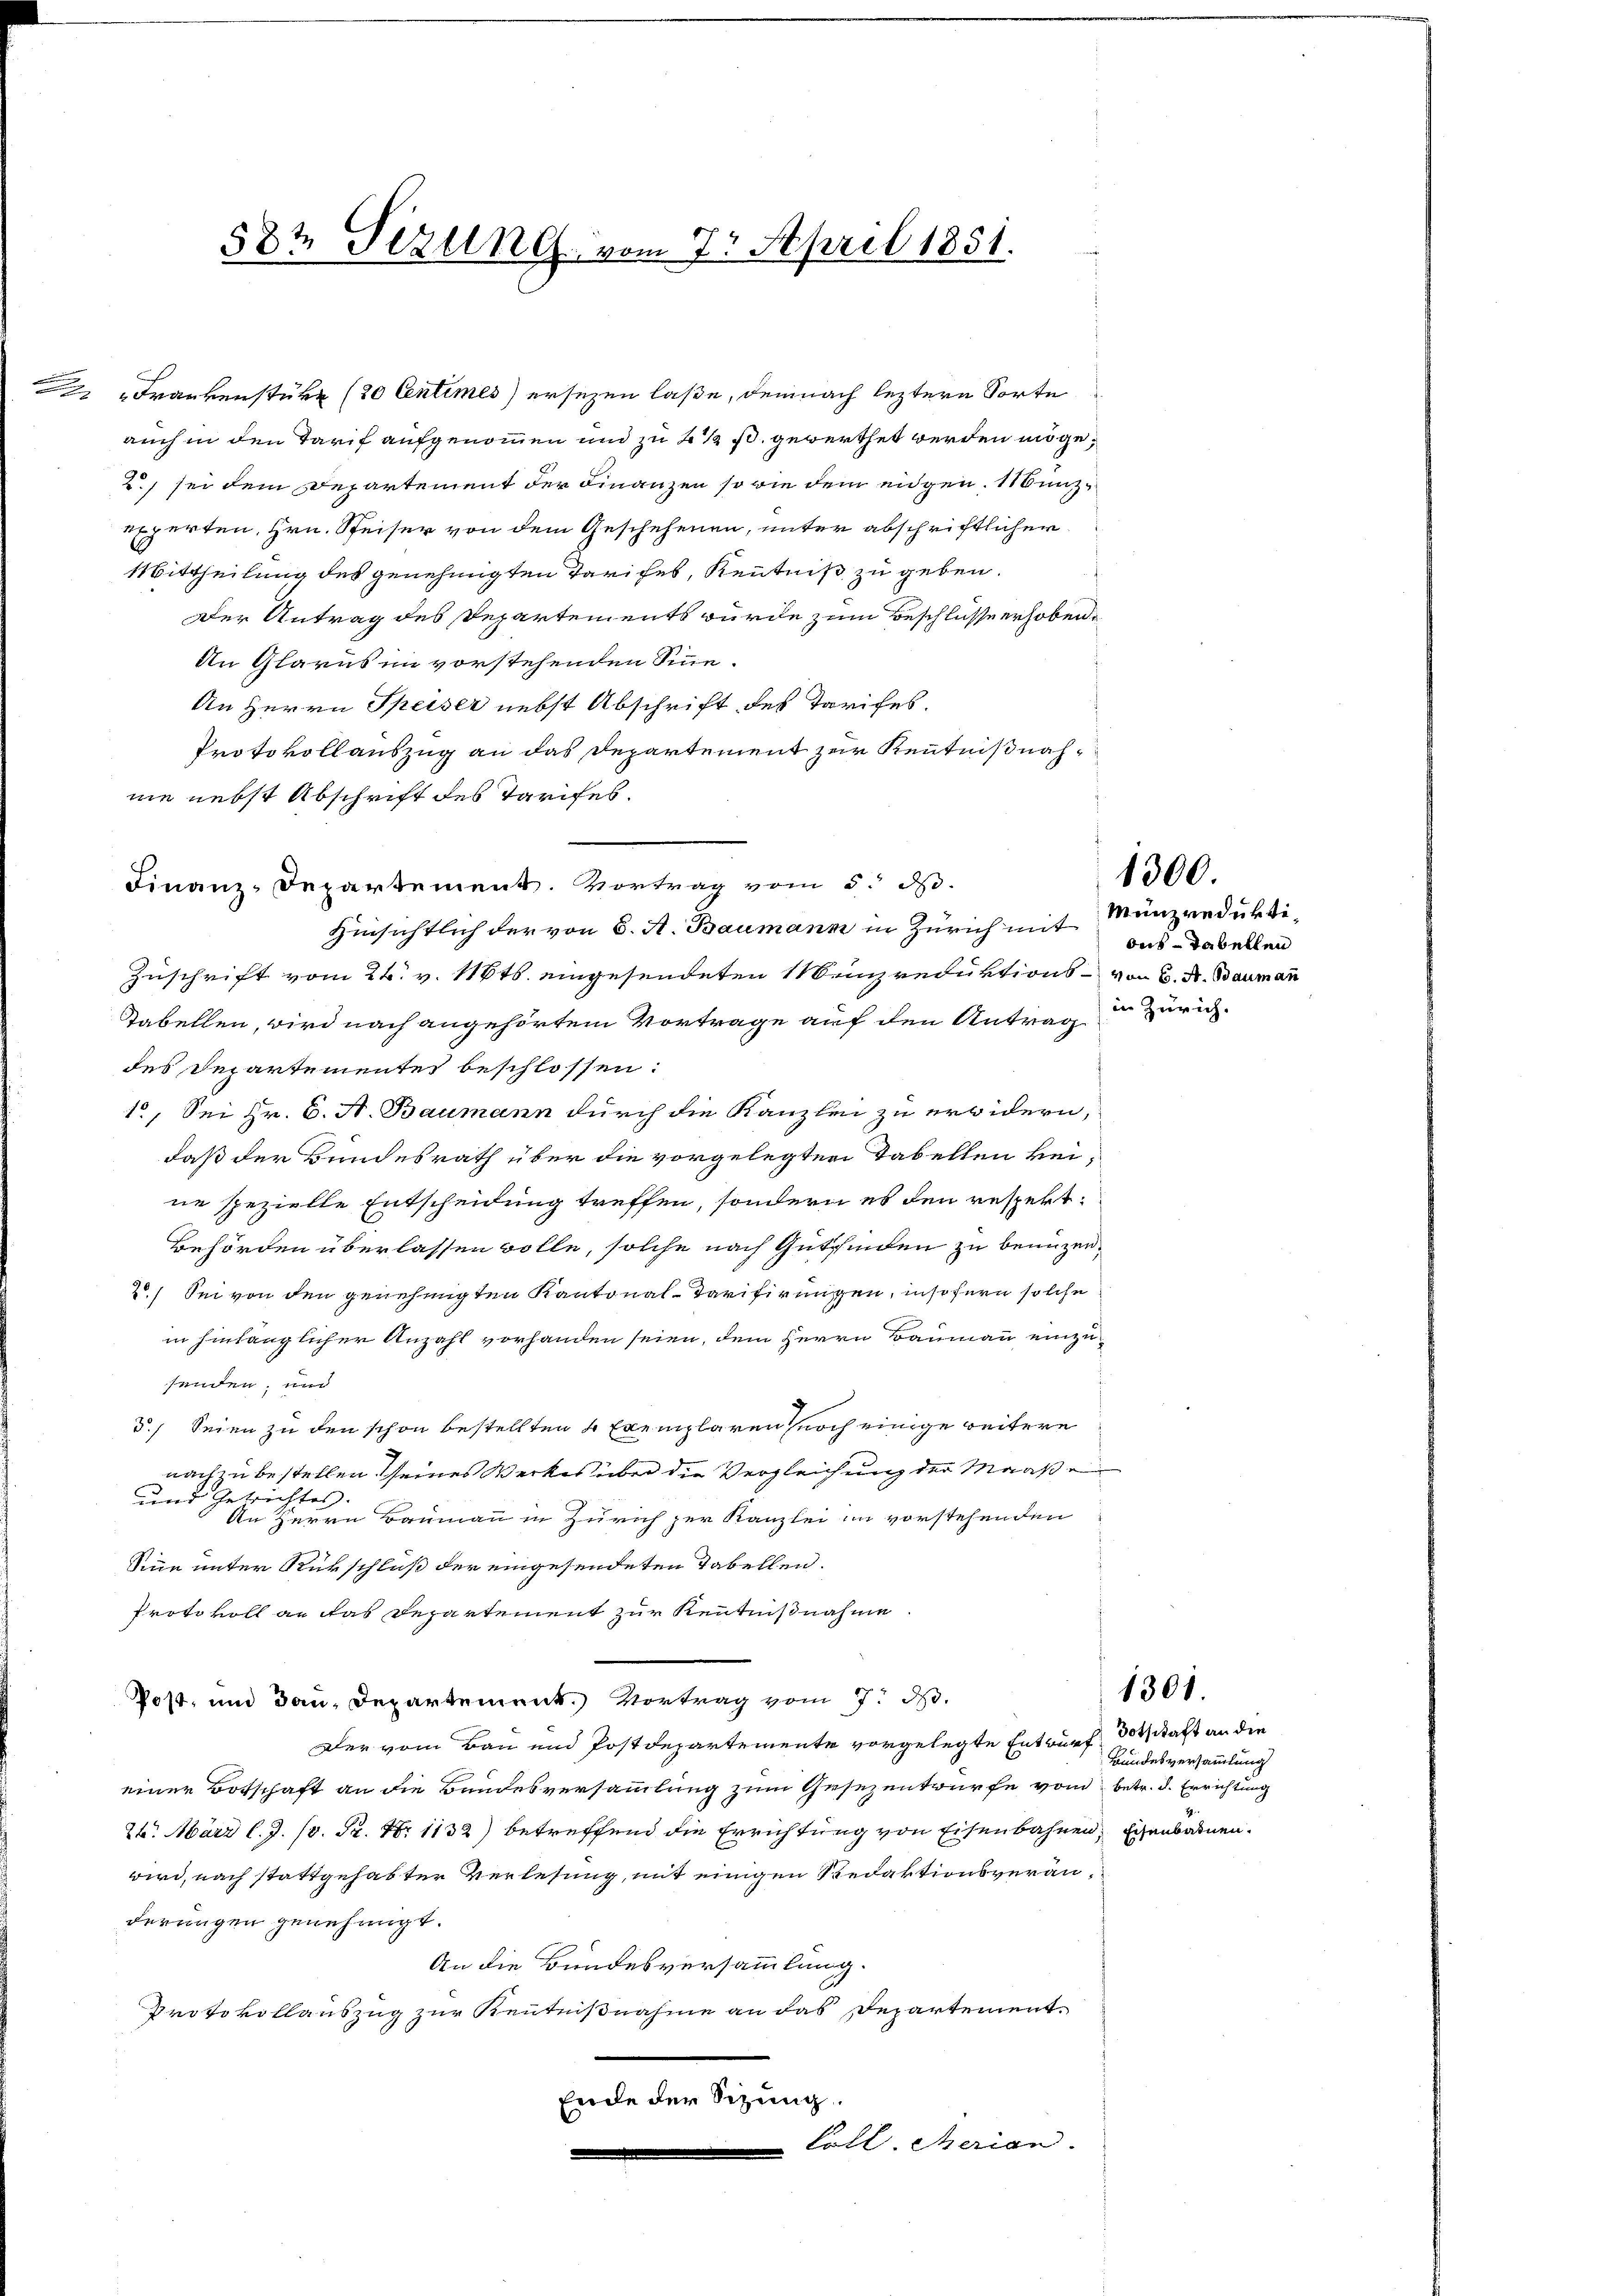
.

88t Pizelne vom 7. April 1851.

Frankenstüke (20 Centimes) ersezen laße, demnach leztere Sorte
auch in den Tarif aufgenommen und zu 2 ½ s. gewerthet werden möge,
2) sei dem Departement der Finanzen so wie dem eidgen. Münzexperten, Hrn. Speiser von dem Geschehenen, unter abschriftlicher
Mittheilung des genehmigten Tarifes, Kenntniß zu geben.
Der Antrag des Departements wurde zum Beschlüsse erhoben.
An Glarus im vorstehenden Sinne.
An Herrn Speiser nebst Abschrift des Tarifes.
Protokollauszug an das Departement zur Kenntnißnahnie nebst Abschrift des Tarifes.
Finanz-Departement. Vortrag vom 5. d.
Hinsichtlich der von 6. A. Baumann in Zürich mit
Zuschrift vom 26. v. 116ts. eingesendeten Menzreduktions - von 6. A. Bauman
Tabellen, wird nach angehörtem Vortrage auf den Antrag
des Departementes beschlossen:
10, Sei Hr. C. A. Baumann durch die Kanzlei zu erwidern,
daß der Bundesrath über die vorgelegten Tabellen keine spezielle Entscheidung treffen, sondern es den respekt¬
Behörden überlassen wolle, solche nach Gutfinden zu benuzen.
20) Sei von den genehmigten Kantonal-Tarifirungen, insofern solche
in hinlänglicher Anzahl vorhanden seien, dem Herrn Baumann einzusenden, und
d. Seien zu den schon bestellten 4 Exemplaren noch einige weitere
nach zu bestellen seines Werkes über die Vergleichung der Maaße
und Getrichtes.
An Herrn Baumann in Zürich zur Kanzlei in vorstehenden
Sinn unter Rückschluß der eingesendeten Tabellen.
Protokoll an das Departement zur Kenntnißnahme.
Post, und dan Departement. Vortrag vom 7. d.
Der vom Bau und Postdepartemente vorgelegte Entwurf dotstaft an die
einer Botschaft an die Bandesversammlung zum Gesezentwurfe vom betr. d. Errichtung
26. März l. J. 18. Fr. Nr. 1132) betreffend die Errichtung von Eisenbahnen, Eisenbahnen.
wird, nach stattgehabter Verlesung, mit einigen Redaktionsveränderungen genehmigt.
An die Bundesversammlung.
Protokollauszug zur Kenntnißnahme an das Departement¬
Ende der Sitzung.
Coll. Serian.

Münzreduktioes - Tabellen
in Zürich.

1300.

Bundesversammlung

1301.